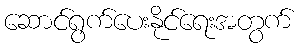
ဆောင်ရွက်ပေးနိုင်ရေးအတွက်